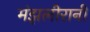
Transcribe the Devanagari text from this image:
मंझलीरानी